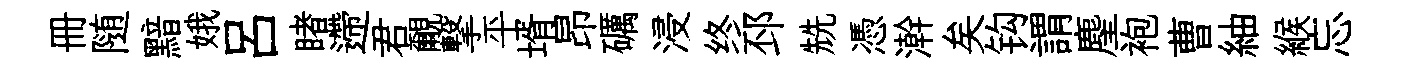
册随黯娥呂睹遰君覼撃平壻昂礪浸终邳兟憑澣矣钩謂麈袍曹紬緱忘